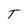
Character: T